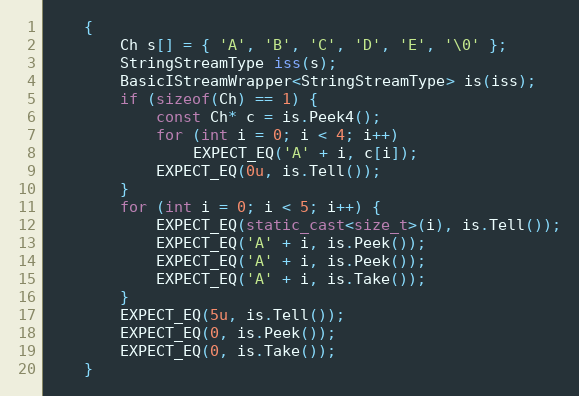
Language: C++
    {
        Ch s[] = { 'A', 'B', 'C', 'D', 'E', '\0' };
        StringStreamType iss(s);
        BasicIStreamWrapper<StringStreamType> is(iss);
        if (sizeof(Ch) == 1) {
            const Ch* c = is.Peek4();
            for (int i = 0; i < 4; i++)
                EXPECT_EQ('A' + i, c[i]);
            EXPECT_EQ(0u, is.Tell());
        }
        for (int i = 0; i < 5; i++) {
            EXPECT_EQ(static_cast<size_t>(i), is.Tell());
            EXPECT_EQ('A' + i, is.Peek());
            EXPECT_EQ('A' + i, is.Peek());
            EXPECT_EQ('A' + i, is.Take());
        }
        EXPECT_EQ(5u, is.Tell());
        EXPECT_EQ(0, is.Peek());
        EXPECT_EQ(0, is.Take());
    }